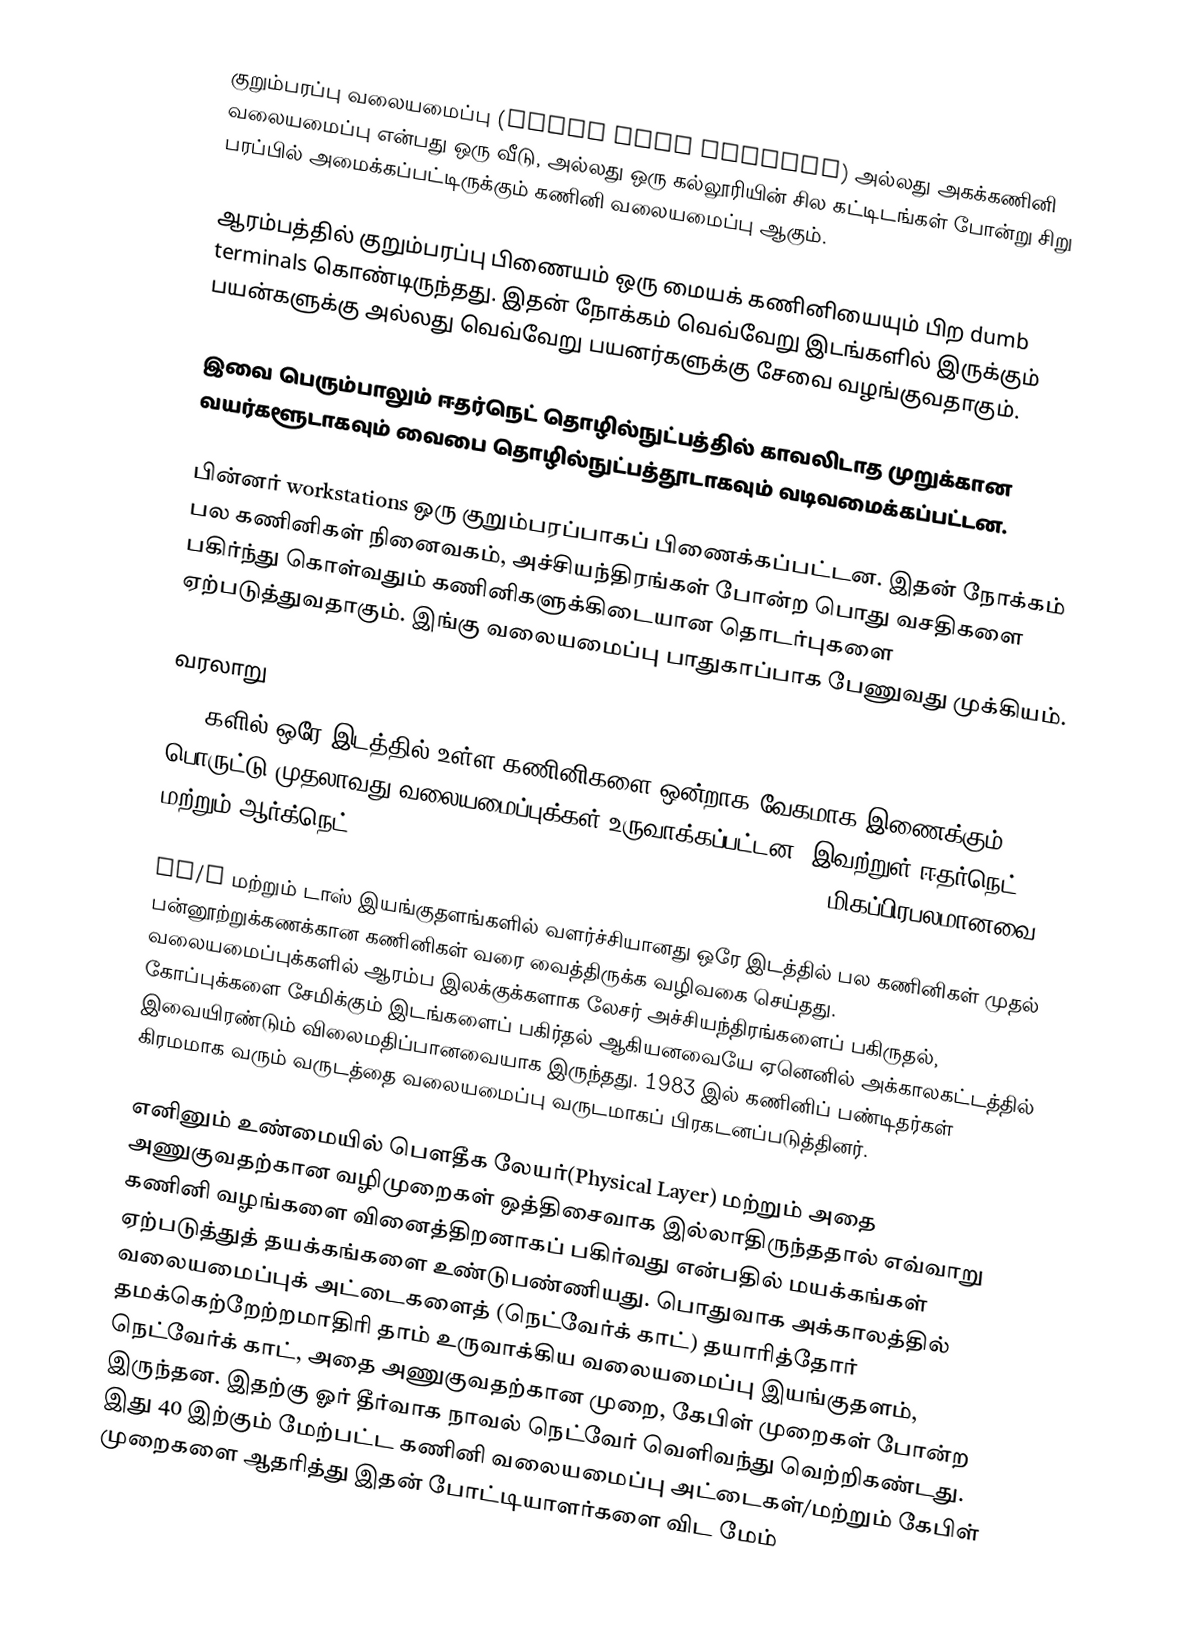
குறும்பரப்பு வலையமைப்பு (Local Area Network) அல்லது அகக்கணினி வலையமைப்பு என்பது ஒரு வீடு, அல்லது ஒரு கல்லூரியின் சில கட்டிடங்கள் போன்று சிறு பரப்பில் அமைக்கப்பட்டிருக்கும் கணினி வலையமைப்பு ஆகும்.

ஆரம்பத்தில் குறும்பரப்பு பிணையம் ஒரு மையக் கணினியையும் பிற dumb terminals கொண்டிருந்தது. இதன் நோக்கம் வெவ்வேறு இடங்களில் இருக்கும் பயன்களுக்கு அல்லது வெவ்வேறு பயனர்களுக்கு சேவை வழங்குவதாகும்.

இவை பெரும்பாலும் ஈதர்நெட் தொழில்நுட்பத்தில் காவலிடாத முறுக்கான வயர்களூடாகவும் வைபை தொழில்நுட்பத்தூடாகவும் வடிவமைக்கப்பட்டன.

பின்னர் workstations ஒரு குறும்பரப்பாகப் பிணைக்கப்பட்டன. இதன் நோக்கம் பல கணினிகள் நினைவகம், அச்சியந்திரங்கள் போன்ற பொது வசதிகளை பகிர்ந்து கொள்வதும் கணினிகளுக்கிடையான தொடர்புகளை ஏற்படுத்துவதாகும். இங்கு வலையமைப்பு பாதுகாப்பாக பேணுவது முக்கியம்.

வரலாறு
1970களில் ஒரே இடத்தில் உள்ள கணினிகளை ஒன்றாக வேகமாக இணைக்கும் பொருட்டு முதலாவது வலையமைப்புக்கள் உருவாக்கப்பட்டன. இவற்றுள் ஈதர்நெட் மற்றும் ஆர்க்நெட்- ARPANET(American Research Project Agancy - DoD USA மிகப்பிரபலமானவை.

CP/M மற்றும் டாஸ் இயங்குதளங்களில் வளர்ச்சியானது ஒரே இடத்தில் பல கணினிகள் முதல் பன்னூற்றுக்கணக்கான கணினிகள் வரை வைத்திருக்க வழிவகை செய்தது. வலையமைப்புக்களில் ஆரம்ப இலக்குக்களாக லேசர் அச்சியந்திரங்களைப் பகிருதல், கோப்புக்களை சேமிக்கும் இடங்களைப் பகிர்தல் ஆகியனவையே ஏனெனில் அக்காலகட்டத்தில் இவையிரண்டும் விலைமதிப்பானவையாக இருந்தது. 1983 இல் கணினிப் பண்டிதர்கள் கிரமமாக வரும் வருடத்தை வலையமைப்பு வருடமாகப் பிரகடனப்படுத்தினர்.

எனினும் உண்மையில் பௌதீக லேயர்(Physical Layer) மற்றும் அதை அணுகுவதற்கான வழிமுறைகள் ஒத்திசைவாக இல்லாதிருந்ததால் எவ்வாறு கணினி வழங்களை வினைத்திறனாகப் பகிர்வது என்பதில் மயக்கங்கள் ஏற்படுத்துத் தயக்கங்களை உண்டுபண்ணியது. பொதுவாக அக்காலத்தில் வலையமைப்புக் அட்டைகளைத் (நெட்வேர்க் காட்) தயாரித்தோர் தமக்கெற்றேற்றமாதிரி தாம் உருவாக்கிய வலையமைப்பு இயங்குதளம், நெட்வேர்க் காட், அதை அணுகுவதற்கான முறை, கேபிள் முறைகள் போன்ற இருந்தன. இதற்கு ஓர் தீர்வாக நாவல் நெட்வேர் வெளிவந்து வெற்றிகண்டது. இது 40 இற்கும் மேற்பட்ட கணினி வலையமைப்பு அட்டைகள்/மற்றும் கேபிள் முறைகளை ஆதரித்து இதன் போட்டியாளர்களை விட மேம்